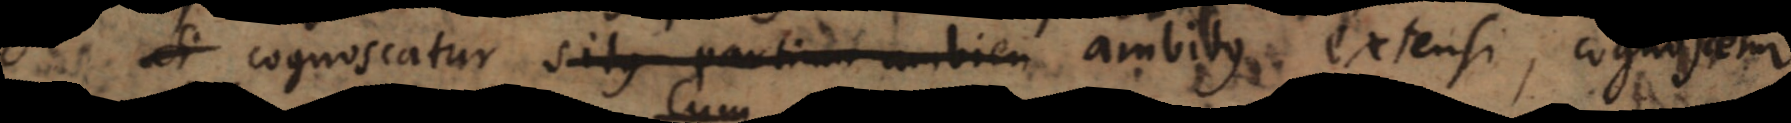
Si cognoscatur situs partium ambien ambitus extensi, cognoscetur